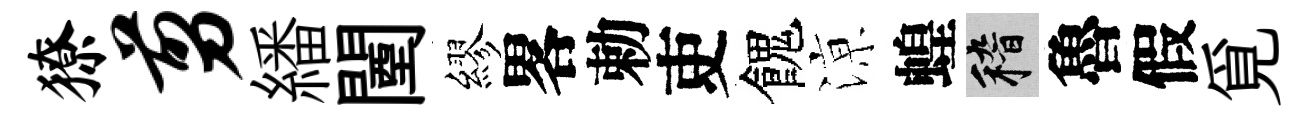
獠剪繙闉繆畧勅吏餽鿌蝗稽魯假覓